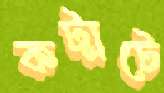
কট্‌মটে